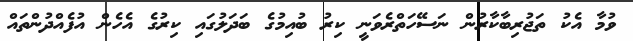
ވުމާ އެކު ތަޖުރިބާކާރުން ނަސޭހަތްރެވަނީ ކިރު ބުއިމުގެ ބަދަލުގައި ކިރުގެ އެހެން އުފެއްދުންތައް